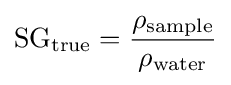
{\text{SG}}_{\text{true}}={\rho _{\text{sample}} \over \rho _{\text{water}}}